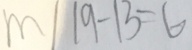
m / 1 9 - 1 3 = 6